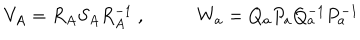
LaTeX: V _ { A } = R _ { A } S _ { A } R _ { A } ^ { - 1 } ~ , ~ ~ W _ { a } = Q _ { a } P _ { a } Q _ { a } ^ { - 1 } P _ { a } ^ { - 1 }